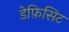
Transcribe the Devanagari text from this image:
डेफ़िसिट